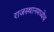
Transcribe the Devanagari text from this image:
राजस्थानमध्येच